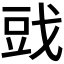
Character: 𰒪